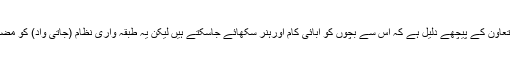
خاندانی کام میں بچوں کے تعاون کے پیچھے دلیل ہے کہ اس سے بچوں کو آبائی کام اورہنر سکھائے جاسکتے ہیں لیکن یہ طبقہ واری نظام (جاتی واد) کو مضبوط کرنے کی سازش ہے۔